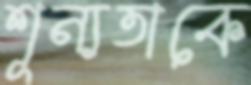
শূন্যতাকে